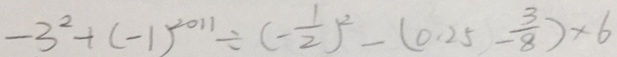
- 3 ^ { 2 } + ( - 1 ) ^ { 2 0 1 1 } \div ( - \frac { 1 } { 2 } ) ^ { 2 } - ( 0 . 2 5 - \frac { 3 } { 8 } ) \times 6